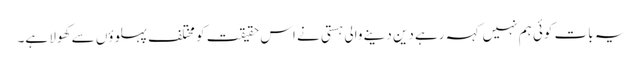
یہ بات کوئی ہم نہیں کہہ رہے دین دینے والی ہستی نے اس حقیقت کو مختلف پہلوؤں سے کھولا ہے۔